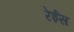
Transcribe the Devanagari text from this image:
रेईस